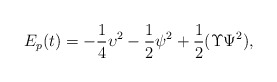
\begin{align*} E_{p}(t)=- \frac{1}{4}\upsilon^2-\frac12 \psi^2+ \frac{1}{ 2}(\Upsilon \Psi^2 ),\end{align*}